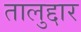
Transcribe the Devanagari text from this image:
तालुद्दार